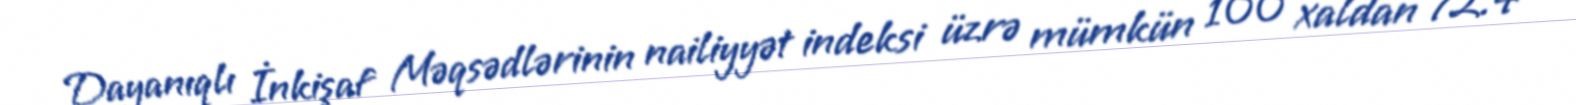
Dayanıqlı İnkişaf Məqsədlərinin nailiyyət indeksi üzrə mümkün 100 xaldan 72.4